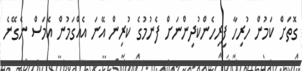
ގޮތަށް ކަމުން ހުރިހާ ފިރިހެންކުދިންނަށް ފެނުމުގެ ކުރިން އޭނަ އެއްގަމުން އެމަސް ނެގޭނެ